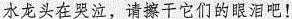
水龙头在哭泣，请擦干它们的眼泪吧！